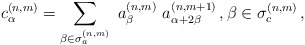
\begin{align*}c^{(n,m)}_\alpha = \displaystyle \sum_{\beta \in \sigma_a^{(n,m)}}\ a^{(n,m)}_\beta \ a^{(n,m+1)}_{\alpha +2\beta}\,, \beta \in \sigma_c^{(n,m)}\,, \end{align*}